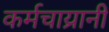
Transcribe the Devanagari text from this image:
कर्मचाय्रानी